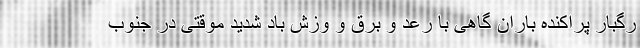
رگبار پراکنده باران گاهی با رعد و برق و وزش باد شدید موقتی در جنوب